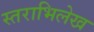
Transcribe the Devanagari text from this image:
स्तराभिलेख